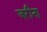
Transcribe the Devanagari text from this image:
जरीना